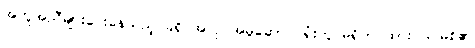
အကူအညီများပေးနေသည့် ခရိုင်အလုပ်အမှုဆောင် ရုံးတွင်မရှိဘဲ ထားဝယ်မြစ်၏